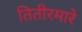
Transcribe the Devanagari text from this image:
तितीरमारे